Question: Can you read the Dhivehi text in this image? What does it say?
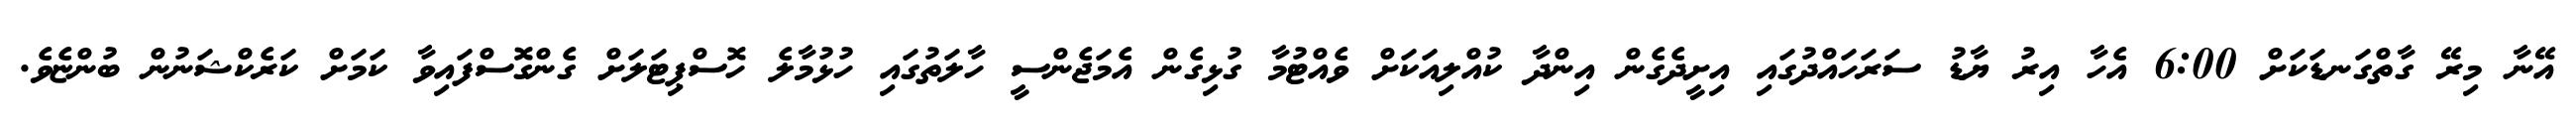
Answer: އޭނާ މިރޭ ގާތްގަނޑަކަށް 6:00 އެހާ އިރު ޔާޑު ސަރަހައްދުގައި އިށީދެގެން އިންދާ ކުއްލިއަކަށް ވެއްޓުމާ ގުޅިގެން އެމަޖެންސީ ހާލަތުގައި ހުޅުމާލެ ހޮސްޕިޓަލަށް ގެންގޮސްފައިވާ ކަމަށް ކަރެކްޝަނުން ބުންޏެވެ.